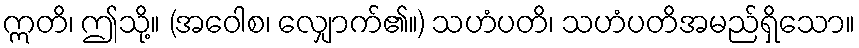
ဣတိ၊ ဤသို့။ (အဝေါစ၊ လျှောက်၏။) သဟံပတိ၊ သဟံပတိအမည်ရှိသော။